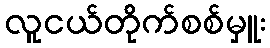
လူငယ်တိုက်စစ်မှူး